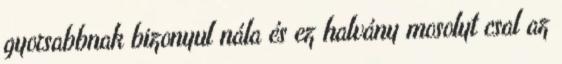
gyorsabbnak bizonyul nála és ez halvány mosolyt csal az